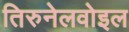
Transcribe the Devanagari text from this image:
तिरुनेलवोइल